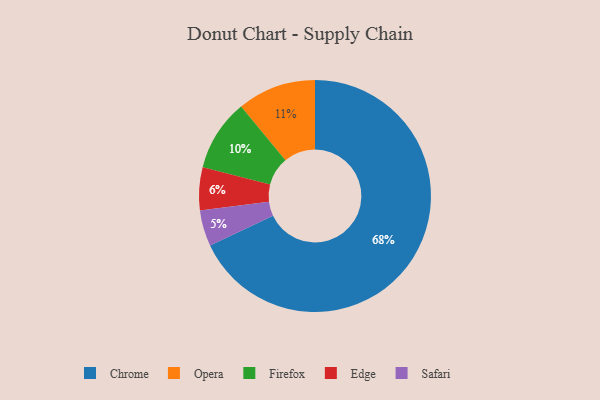
{"axis": {"x": "Category", "y": "Percentage"}, "legend": ["Chrome", "Edge", "Firefox", "Opera", "Safari"], "data": [{"x": "Chrome", "y": 68, "type": "Chrome"}, {"x": "Opera", "y": 11, "type": "Opera"}, {"x": "Safari", "y": 5, "type": "Safari"}, {"x": "Edge", "y": 6, "type": "Edge"}, {"x": "Firefox", "y": 10, "type": "Firefox"}]}